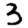
Digit: 3